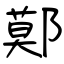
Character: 鄚